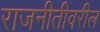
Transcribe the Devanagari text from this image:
राजनीतीवरील